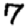
Digit: 7